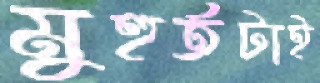
মুহুর্তটাই